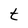
Character: t